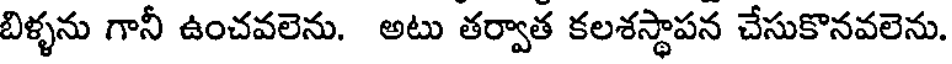
బిళ్ళను గానీ ఉంచవలెను. అటు తర్వాత కలశస్థాపన చేసుకొనవలెను.